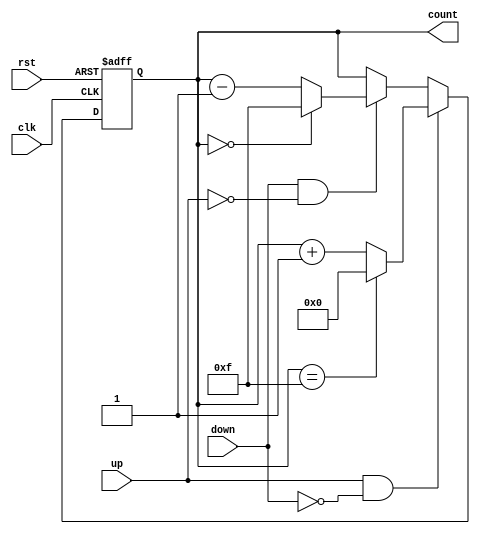
module UpDownCounter #(
    parameter N = 4 // Define the bit width of the counter, default is 4 bits
) (
    input wire clk,     // Clock signal
    input wire rst,     // Asynchronous reset signal
    input wire up,      // Up control signal
    input wire down,    // Down control signal
    output reg [N-1:0] count // Current count value
);

    // Internal parameter for max value based on bit width
    localparam MAX_COUNT = (1 << N) - 1;

    // Always block for the counting operation
    always @(posedge clk or posedge rst) begin
        if (rst) begin
            count <= 0; // Reset counter to 0
        end else if (up && !down) begin
            if (count == MAX_COUNT) begin
                count <= 0; // Roll over to 0 on overflow
            end else begin
                count <= count + 1; // Increment count
            end
        end else if (down && !up) begin
            if (count == 0) begin
                count <= MAX_COUNT; // Roll over to MAX_COUNT on underflow
            end else begin
                count <= count - 1; // Decrement count
            end
        end
        // If both up and down are low or both are high, retain count value
    end

endmodule